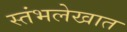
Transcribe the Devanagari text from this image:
स्तंभलेखात